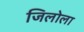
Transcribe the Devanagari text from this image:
जिलोला